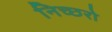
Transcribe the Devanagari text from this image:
निच्छरो